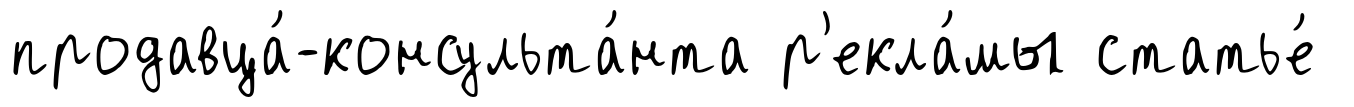
продавца́-консульта́нта р'екла́мы статье́